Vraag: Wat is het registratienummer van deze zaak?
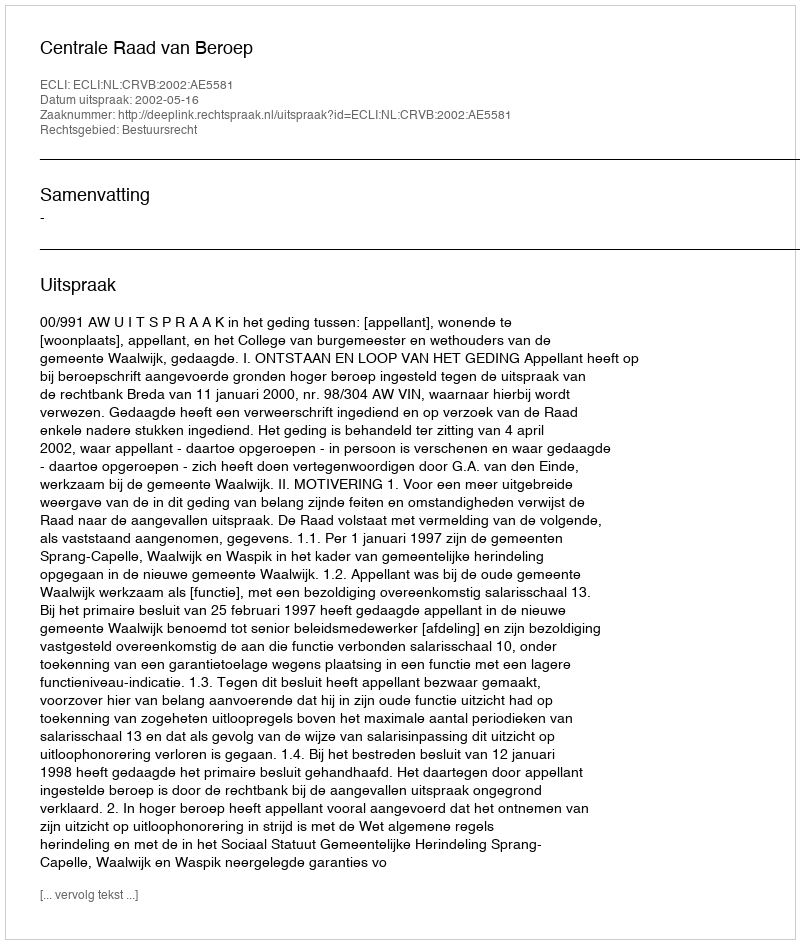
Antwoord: http://deeplink.rechtspraak.nl/uitspraak?id=ECLI:NL:CRVB:2002:AE5581